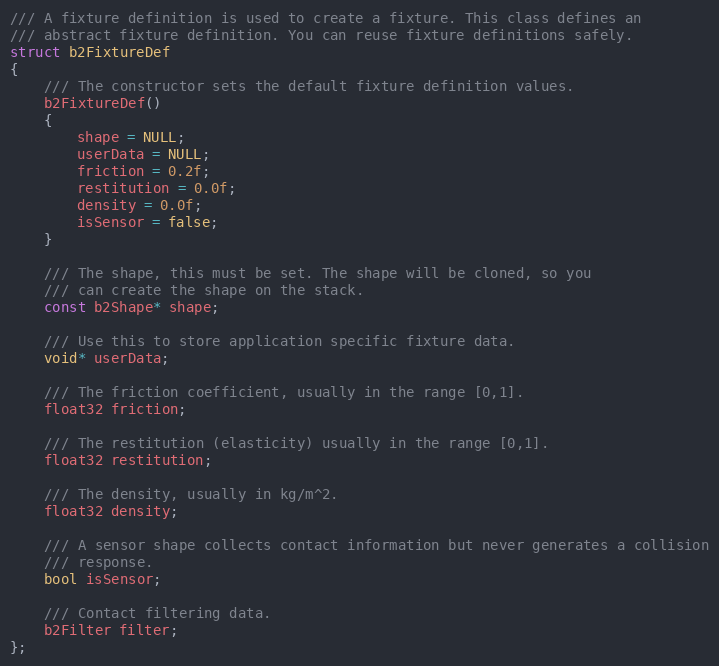
Language: C
/// A fixture definition is used to create a fixture. This class defines an
/// abstract fixture definition. You can reuse fixture definitions safely.
struct b2FixtureDef
{
	/// The constructor sets the default fixture definition values.
	b2FixtureDef()
	{
		shape = NULL;
		userData = NULL;
		friction = 0.2f;
		restitution = 0.0f;
		density = 0.0f;
		isSensor = false;
	}

	/// The shape, this must be set. The shape will be cloned, so you
	/// can create the shape on the stack.
	const b2Shape* shape;

	/// Use this to store application specific fixture data.
	void* userData;

	/// The friction coefficient, usually in the range [0,1].
	float32 friction;

	/// The restitution (elasticity) usually in the range [0,1].
	float32 restitution;

	/// The density, usually in kg/m^2.
	float32 density;

	/// A sensor shape collects contact information but never generates a collision
	/// response.
	bool isSensor;

	/// Contact filtering data.
	b2Filter filter;
};